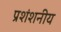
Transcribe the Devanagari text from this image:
प्रशंशनीय